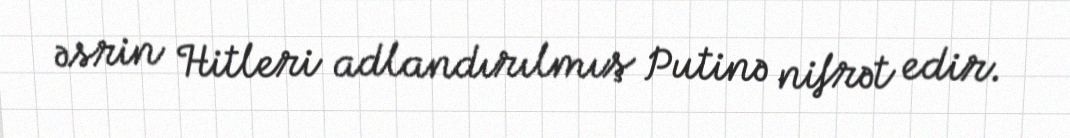
əsrin Hitleri adlandırılmış Putinə nifrət edir.